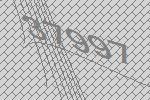
37997